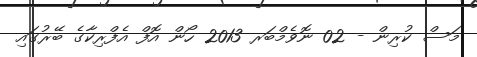
މަސް ކުރިން - 02 ނޮވެމްބަރ 2013 ހޯން އޮފް އެފްރިކާގެ ބޭރުގައި